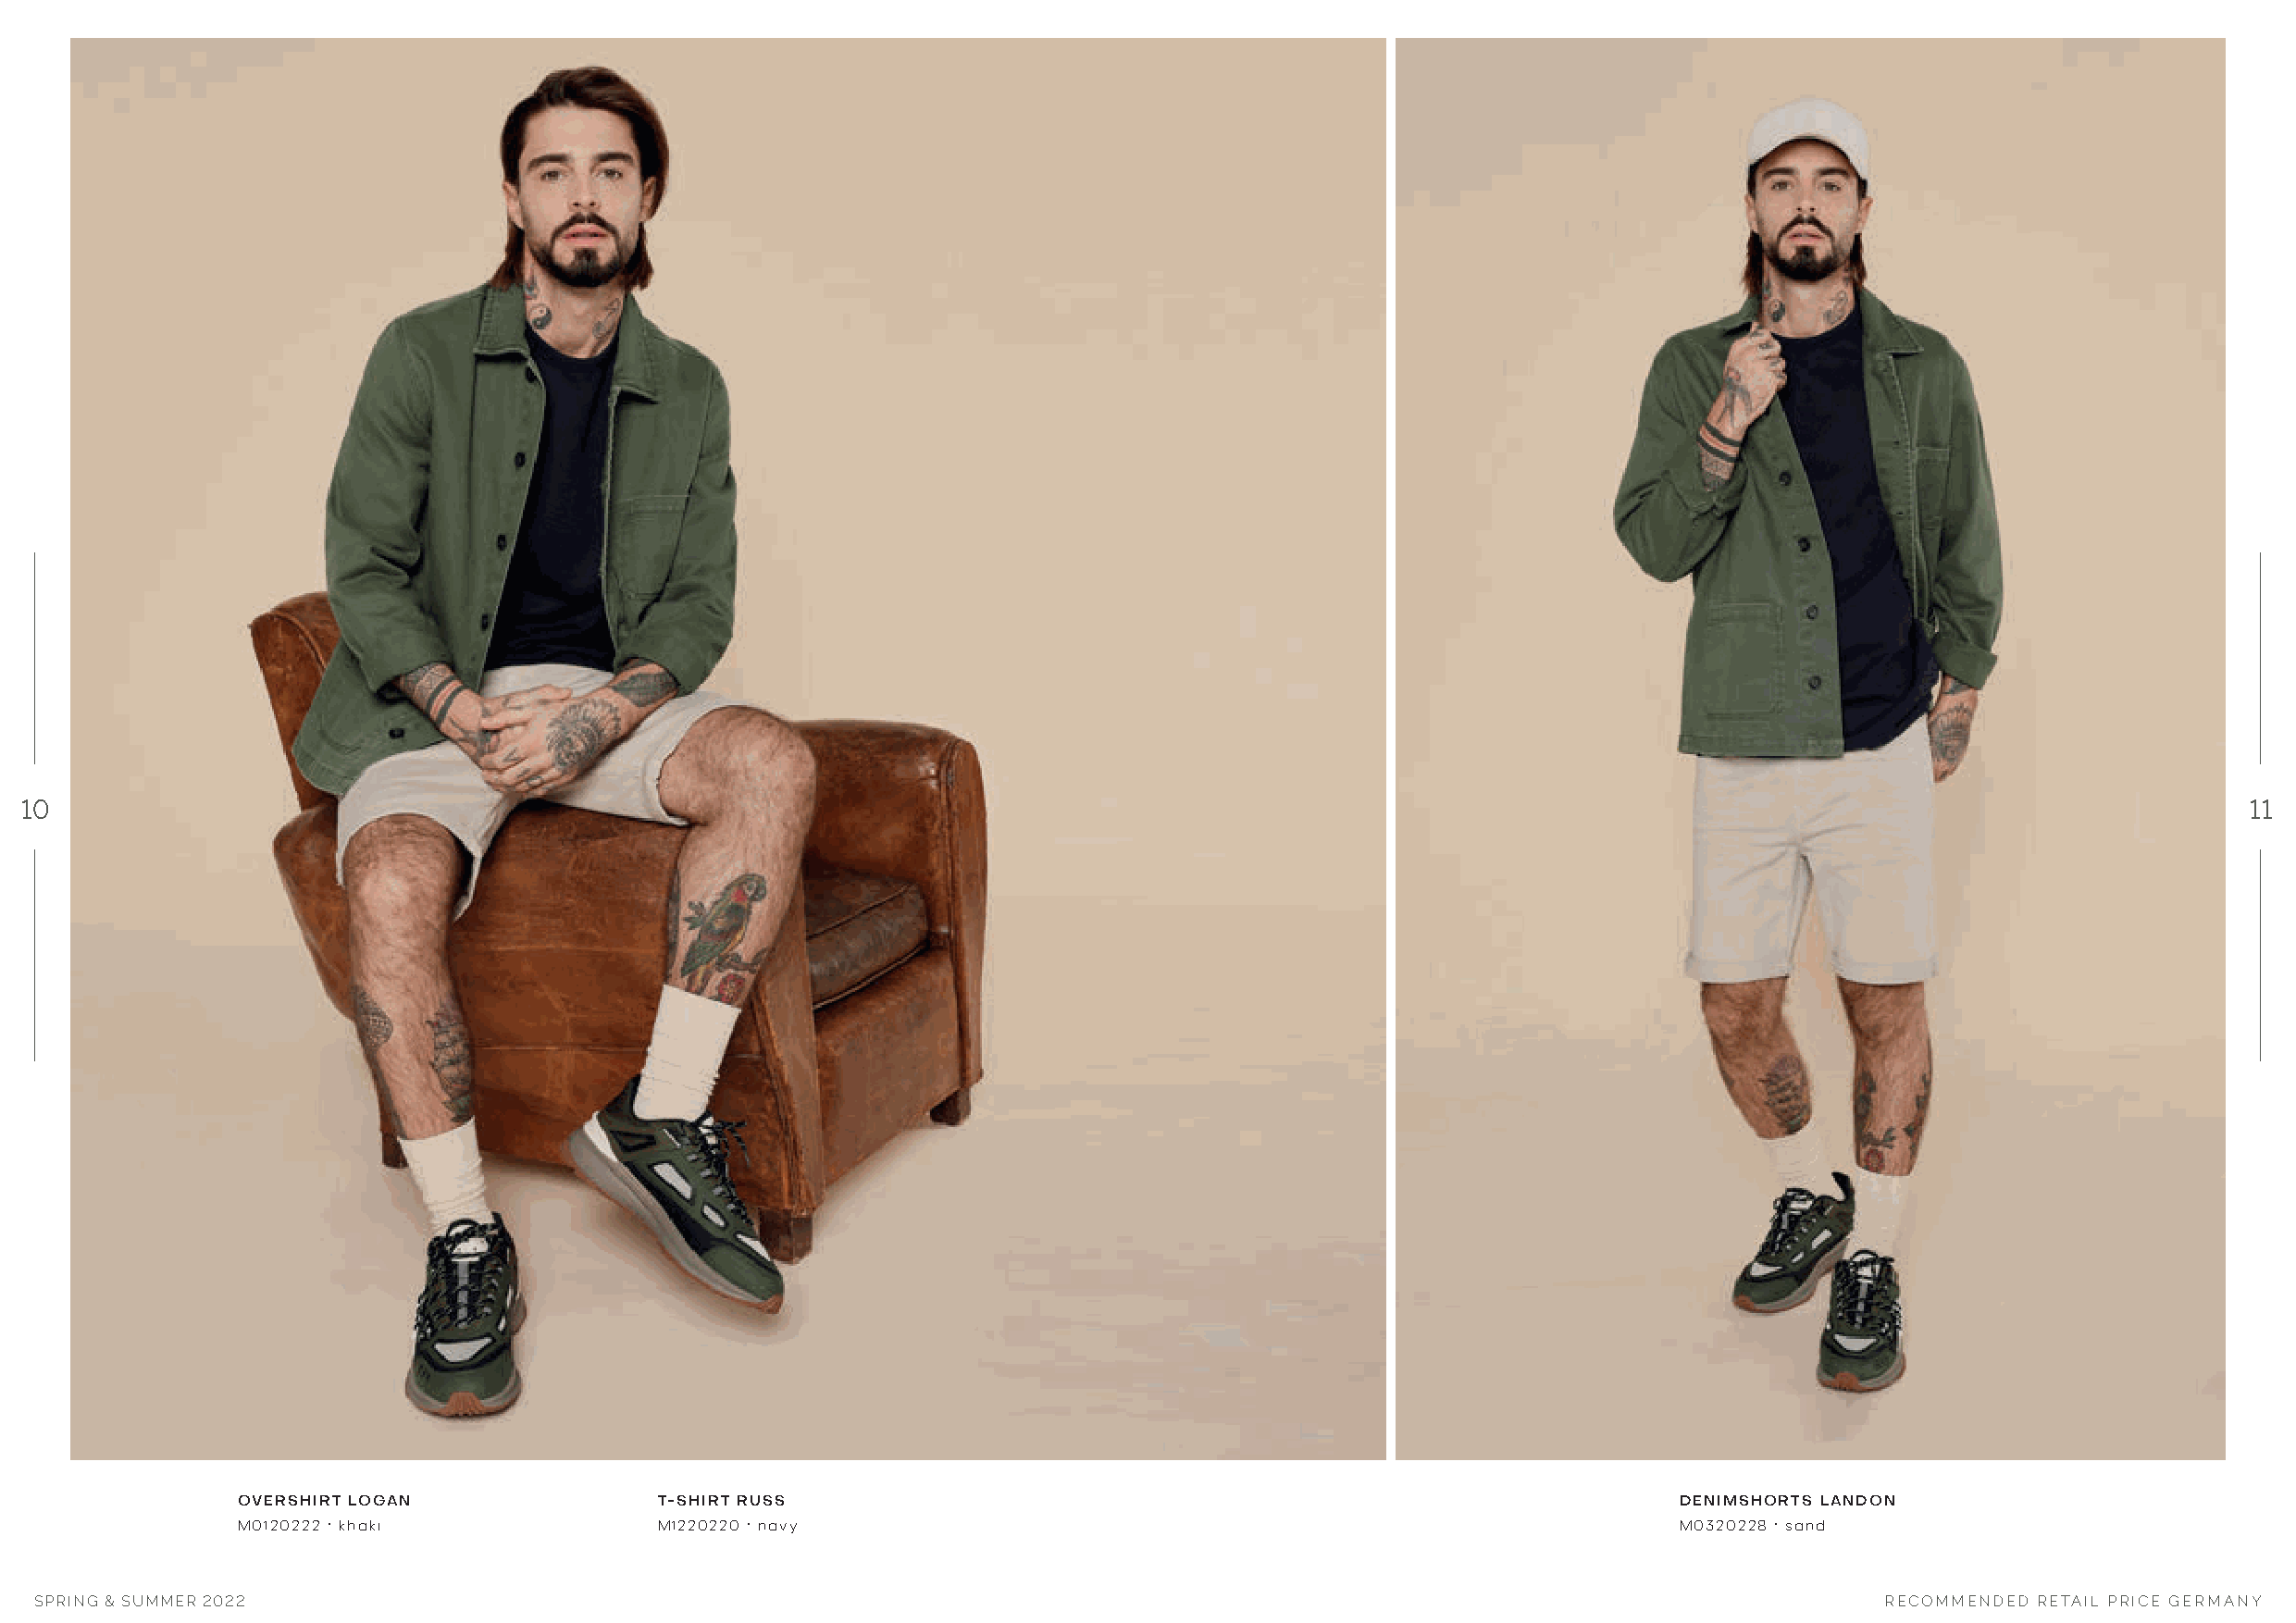
10                                                                                                                                                             11
 OVERSHIRT LOGAN               T-SHIRT RUSS                                                             DENIMSHORTS LANDON
 M0120222 · khaki              M1220220 · navy                                                          M0320228 · sand
 SPRING & SUMMER 2022                                                                                                                 RECOMMENDED RETAIL PRICE GERMANY